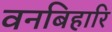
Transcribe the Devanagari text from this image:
वनबिहारि